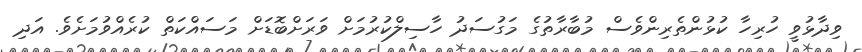
ވިދާޅުވީ ހުރިހާ ކުޅުންތެރިންވެސް މުބާރާތުގެ މަގުސަދު ހާސިލްކުރުމަށް ވަރަށްބޮޑަށް މަސައްކަތް ކުރެއްވުމަށެވެ. އަދި